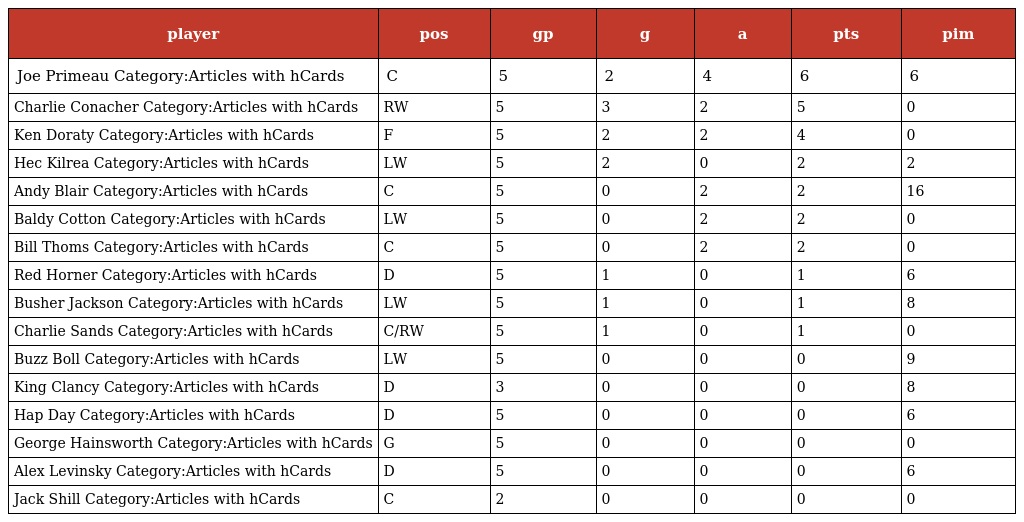
| player | pos | gp | g | a | pts | pim |
 | --- | --- | --- | --- | --- | --- | --- |
 | Joe Primeau Category:Articles with hCards | C | 5 | 2 | 4 | 6 | 6 |
 | Charlie Conacher Category:Articles with hCards | RW | 5 | 3 | 2 | 5 | 0 |
 | Ken Doraty Category:Articles with hCards | F | 5 | 2 | 2 | 4 | 0 |
 | Hec Kilrea Category:Articles with hCards | LW | 5 | 2 | 0 | 2 | 2 |
 | Andy Blair Category:Articles with hCards | C | 5 | 0 | 2 | 2 | 16 |
 | Baldy Cotton Category:Articles with hCards | LW | 5 | 0 | 2 | 2 | 0 |
 | Bill Thoms Category:Articles with hCards | C | 5 | 0 | 2 | 2 | 0 |
 | Red Horner Category:Articles with hCards | D | 5 | 1 | 0 | 1 | 6 |
 | Busher Jackson Category:Articles with hCards | LW | 5 | 1 | 0 | 1 | 8 |
 | Charlie Sands Category:Articles with hCards | C/RW | 5 | 1 | 0 | 1 | 0 |
 | Buzz Boll Category:Articles with hCards | LW | 5 | 0 | 0 | 0 | 9 |
 | King Clancy Category:Articles with hCards | D | 3 | 0 | 0 | 0 | 8 |
 | Hap Day Category:Articles with hCards | D | 5 | 0 | 0 | 0 | 6 |
 | George Hainsworth Category:Articles with hCards | G | 5 | 0 | 0 | 0 | 0 |
 | Alex Levinsky Category:Articles with hCards | D | 5 | 0 | 0 | 0 | 6 |
 | Jack Shill Category:Articles with hCards | C | 2 | 0 | 0 | 0 | 0 |